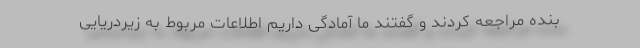
بنده مراجعه کردند و گفتند ما آمادگی داریم اطلاعات مربوط به زیردریایی